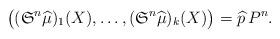
LaTeX: \begin{align*} \big( (\mathfrak{S}^{n}\widehat{\mu})_{1}(X),\dots,(\mathfrak{S}^{n}\widehat{\mu})_{k}(X) \big)= \widehat{p}\,P^{n}. \end{align*}